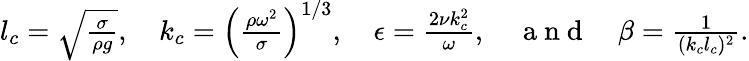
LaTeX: \begin{array}{r}{l_{c}=\sqrt{\frac{\sigma}{\rho g}},\quad k_{c}=\left(\frac{\rho\omega^{2}}{\sigma}\right)^{1/3},\quad\epsilon=\frac{2\nu k_{c}^{2}}{\omega},\quad\mathrm{~a~n~d~}\quad\beta=\frac{1}{(k_{c}l_{c})^{2}}.}\end{array}